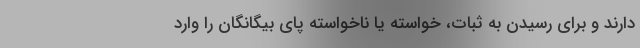
دارند و برای رسیدن به ثبات، خواسته یا ناخواسته پای بیگانگان را وارد